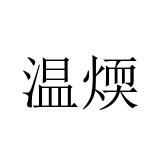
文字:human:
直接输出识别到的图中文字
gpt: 温煗